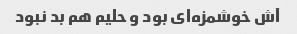
آش خوشمزه‌ای بود و حلیم هم بد نبود